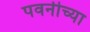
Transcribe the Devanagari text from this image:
पवनीच्या